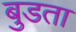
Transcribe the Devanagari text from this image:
बुडता